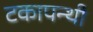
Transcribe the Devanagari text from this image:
टकापन्थी